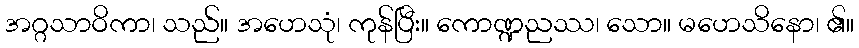
အဂ္ဂသာဝိကာ၊ သည်။ အဟေသုံ၊ ကုန်ပြီး။ ကောဏ္ဍညဿ၊ သော။ မဟေသိနော၊ ၏။